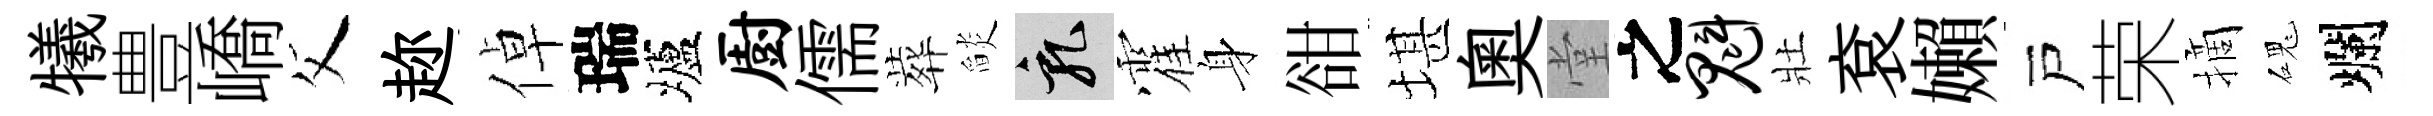
犧豊嶠父趂倬瑞壚厨儒葬𦦨乳霍身𧮳堪奥堂之魁壯袞嬾戸荣摘磈爛